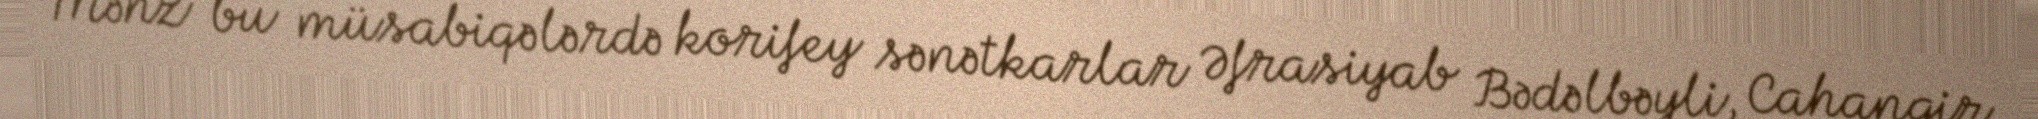
Məhz bu müsabiqələrdə korifey sənətkarlar Əfrasiyab Bədəlbəyli, Cahangir